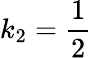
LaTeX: k_{2}=\frac{1}{2}